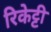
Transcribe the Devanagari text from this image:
रिकेट्टी